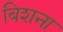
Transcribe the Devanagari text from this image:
बिशना